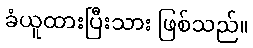
ခံယူထားပြီးသား ဖြစ်သည်။